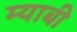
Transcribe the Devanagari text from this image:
म्याबी